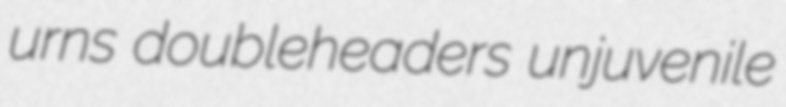
urns doubleheaders unjuvenile